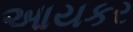
આયકર